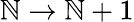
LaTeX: \mathbb{N}\to\mathbb{N}+1